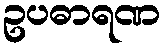
ဥပဓာရဏ